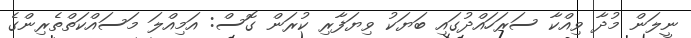
ނީލަން މުދާ ވިއްކާ ސަރަހައްދުގައި ބަޔަކު ވިޔަފާރި ކުރަން ގޮސް: އަމިއްލަ މަސައްކަތްތެރިންގެ